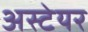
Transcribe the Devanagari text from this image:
अस्टेयर